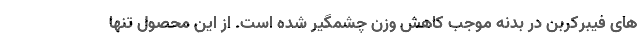
های فیبرکربن در بدنه موجب کاهش وزن چشمگیر شده است. از این محصول تنها